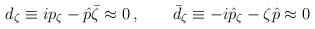
LaTeX: \begin{align*}d_\zeta\equiv ip_\zeta-\hat p\bar\zeta\approx 0\, ,\qquad\bar d_\zeta\equiv -i\hat p_\zeta-\zeta\hat p \approx 0\end{align*}